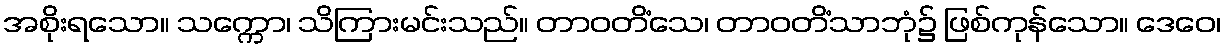
အစိုးရသော။ သက္ကော၊ သိကြားမင်းသည်။ တာဝတိံသေ၊ တာဝတိံသာဘုံ၌ ဖြစ်ကုန်သော။ ဒေဝေ၊